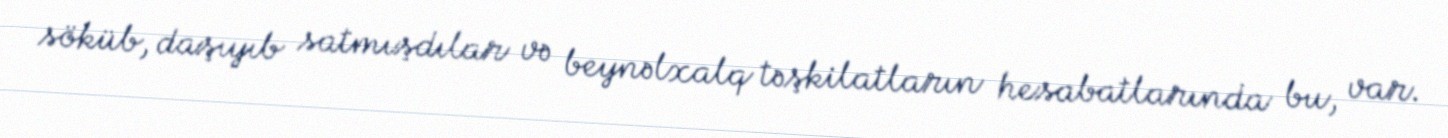
söküb, daşıyıb satmışdılar və beynəlxalq təşkilatların hesabatlarında bu, var.